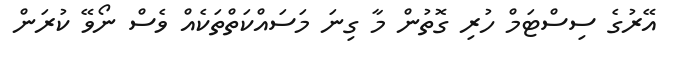
އޭރުގެ ސިސްޓަމް ހުރި ގޮތުން މާ ގިނަ މަސައްކަތްތަކެއް ވެސް ނޯވޭ ކުރަން